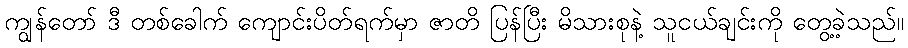
ကျွန်တော် ဒီ တစ်ခေါက် ကျောင်းပိတ်ရက်မှာ ဇာတိ ပြန်ပြီး မိသားစုနဲ့ သူငယ်ချင်းကို တွေ့ခဲ့သည်။